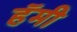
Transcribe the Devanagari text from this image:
हॅमी